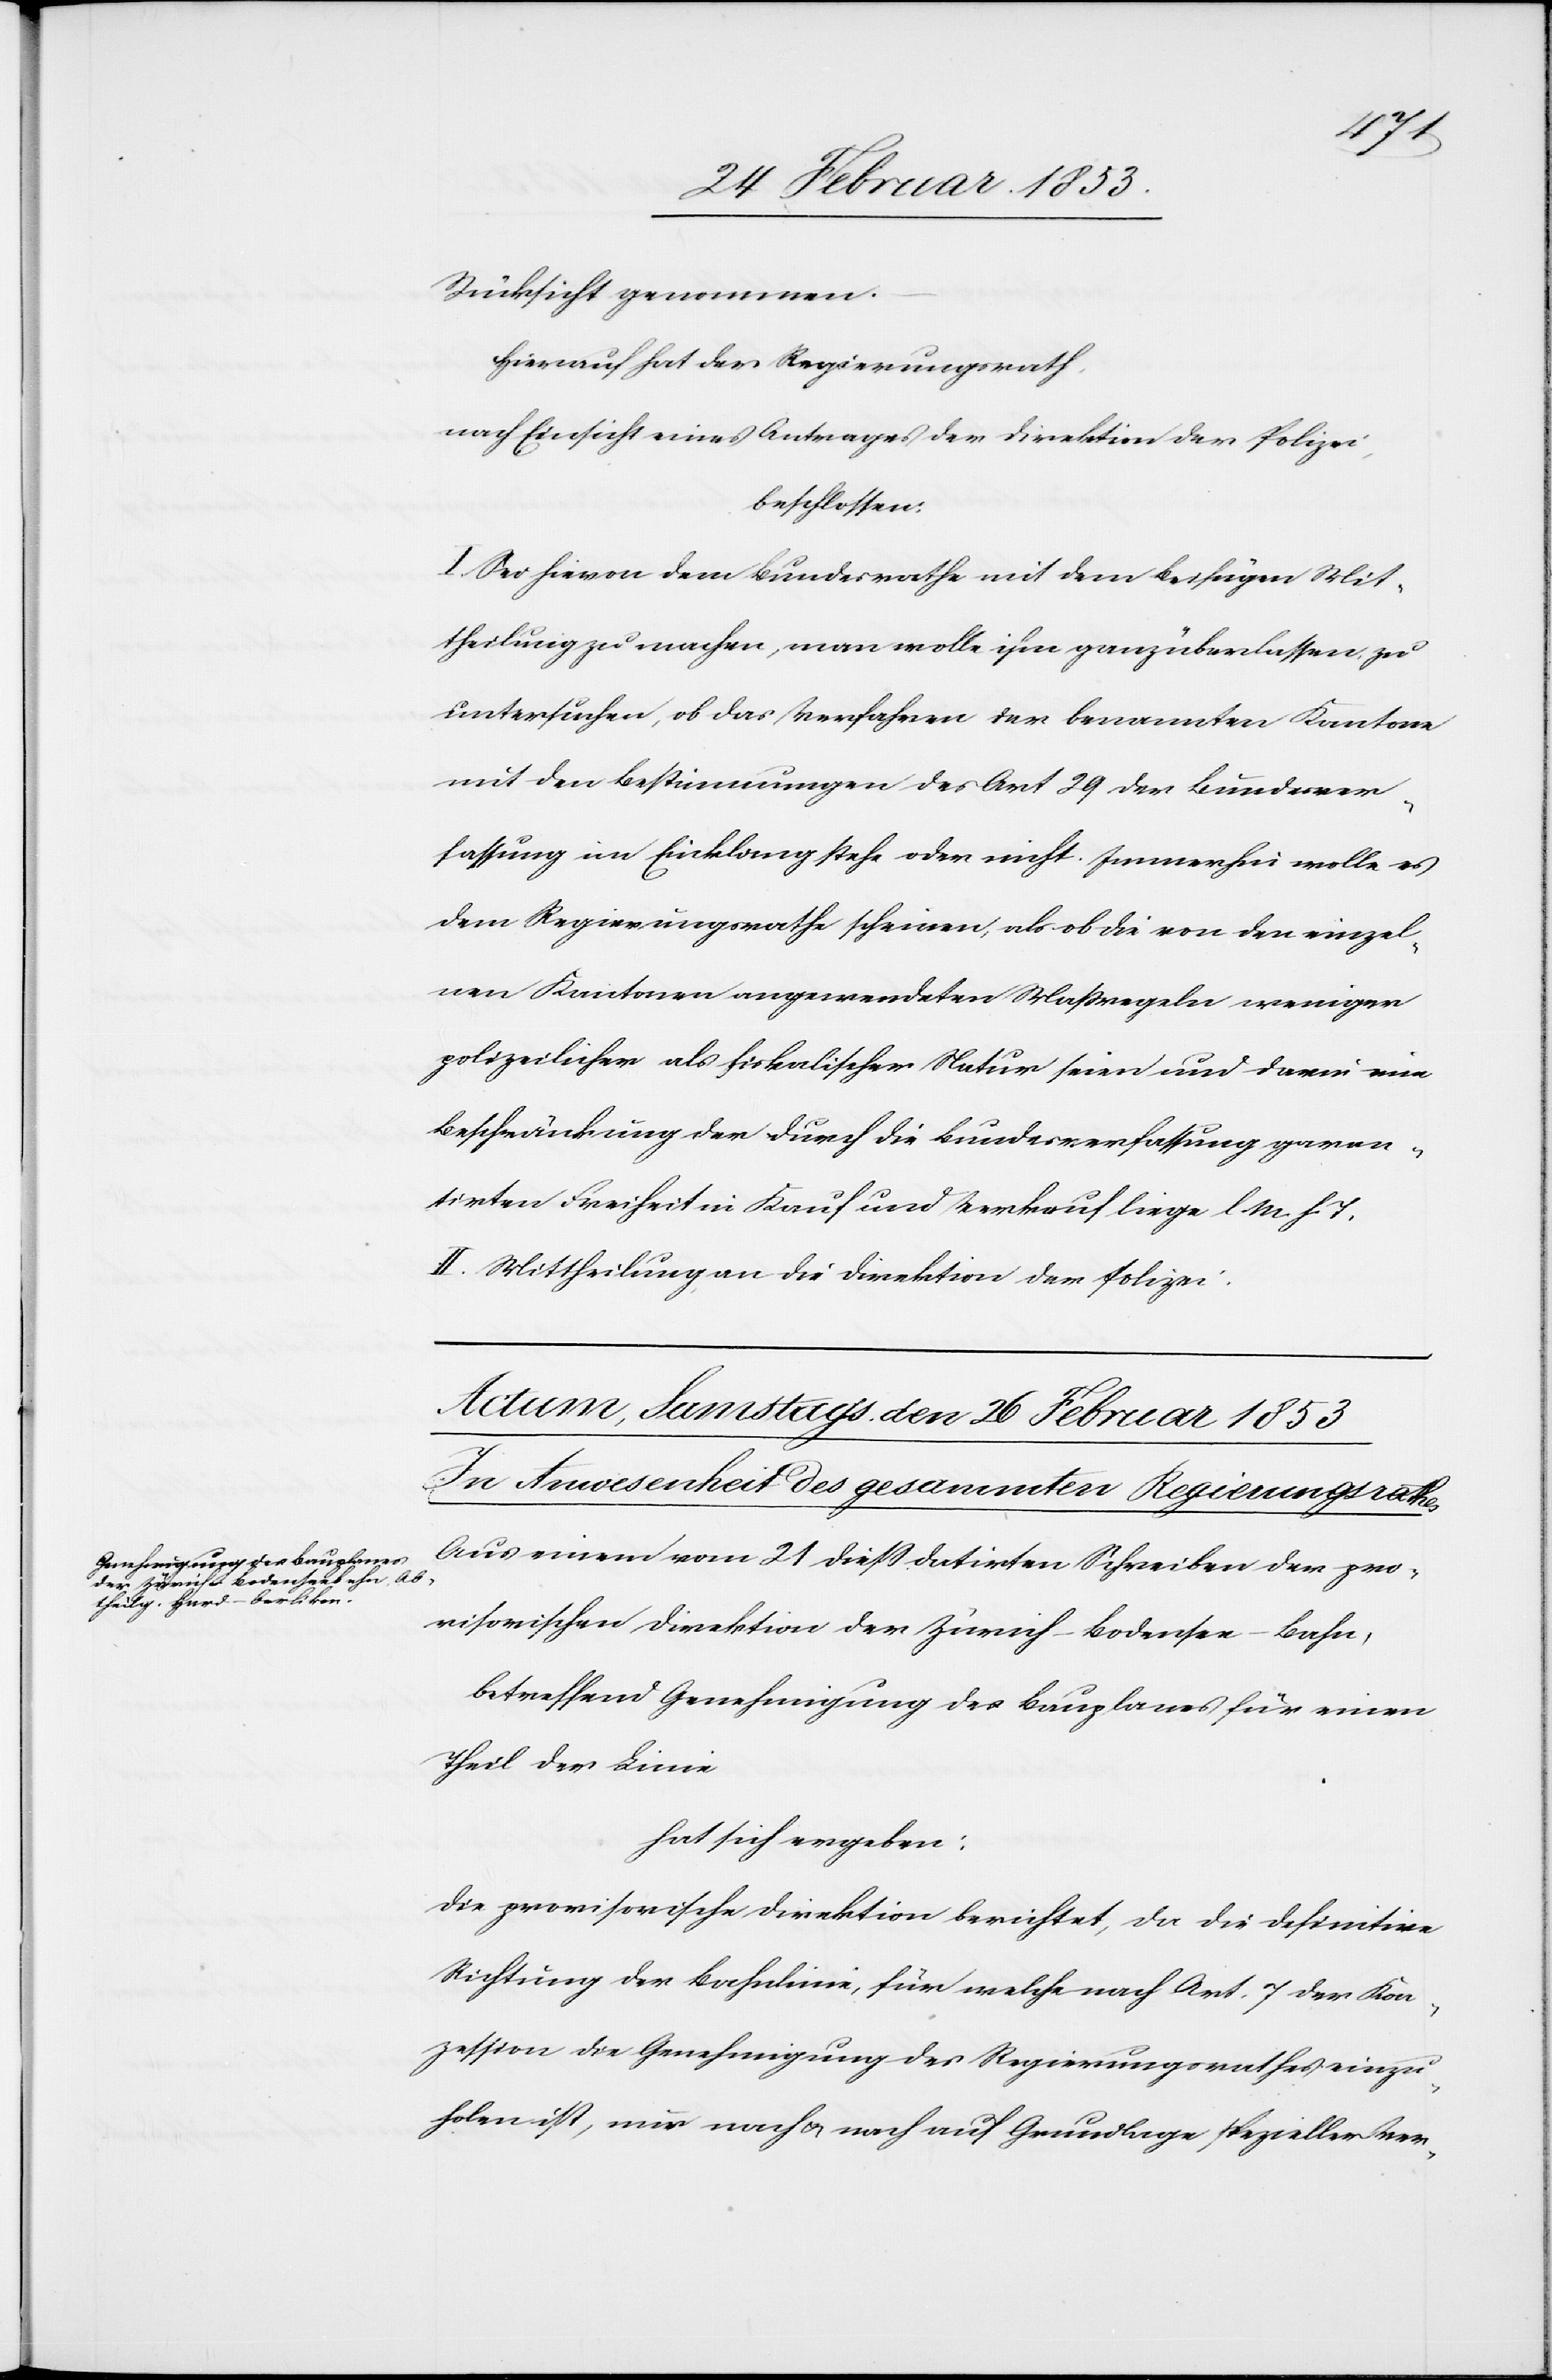
Rücksicht genommen.
Hierauf hat der Regierungsrath,
nach Einsicht eines Antrages der Direktion der Polizei,
beschlossen:
I. Sei hievon dem Bundesrathe mit dem Beifügen Mit¬
theilung zu machen, man wolle ihm ganz überlassen zu
untersuchen, ob das Verfahren der Benannten Kantone
mit den Bestimmungen des Art. 29 der Bundesver¬
fassung in Einklang stehe oder nicht. Immerhin wolle es
dem Regierungsrathe scheinen, als ob die von den einzel¬
nen Kantonen angeordneten Maßregeln weniger
polizeilicher als fiskalischer Natur seien und darin eine
Beschränkung der durch die Bundesverfassung garan¬
tirten Freiheit in Kauf und Verkauf liege l. M. h. T
II. Mittheilung an die Direktion der Polizei.
Aus einem vom 21 dieß datirten Schreiben der pro¬
visorischen Direktion der Zürich-Bodensee-Bahn,
betreffend Genehmigung des Bauplanes für einen
Theil der Linie
hat sich ergeben:
Die provisorische Direktion berichtet, da die Definition
Richtung der Bachlinie, für welche nach Art. 7 der Kon¬
zession die Genehmigung der Regierungsrathes einzu¬
holen ist, nur nach u. nach auf Grundlage spezieller Ver-